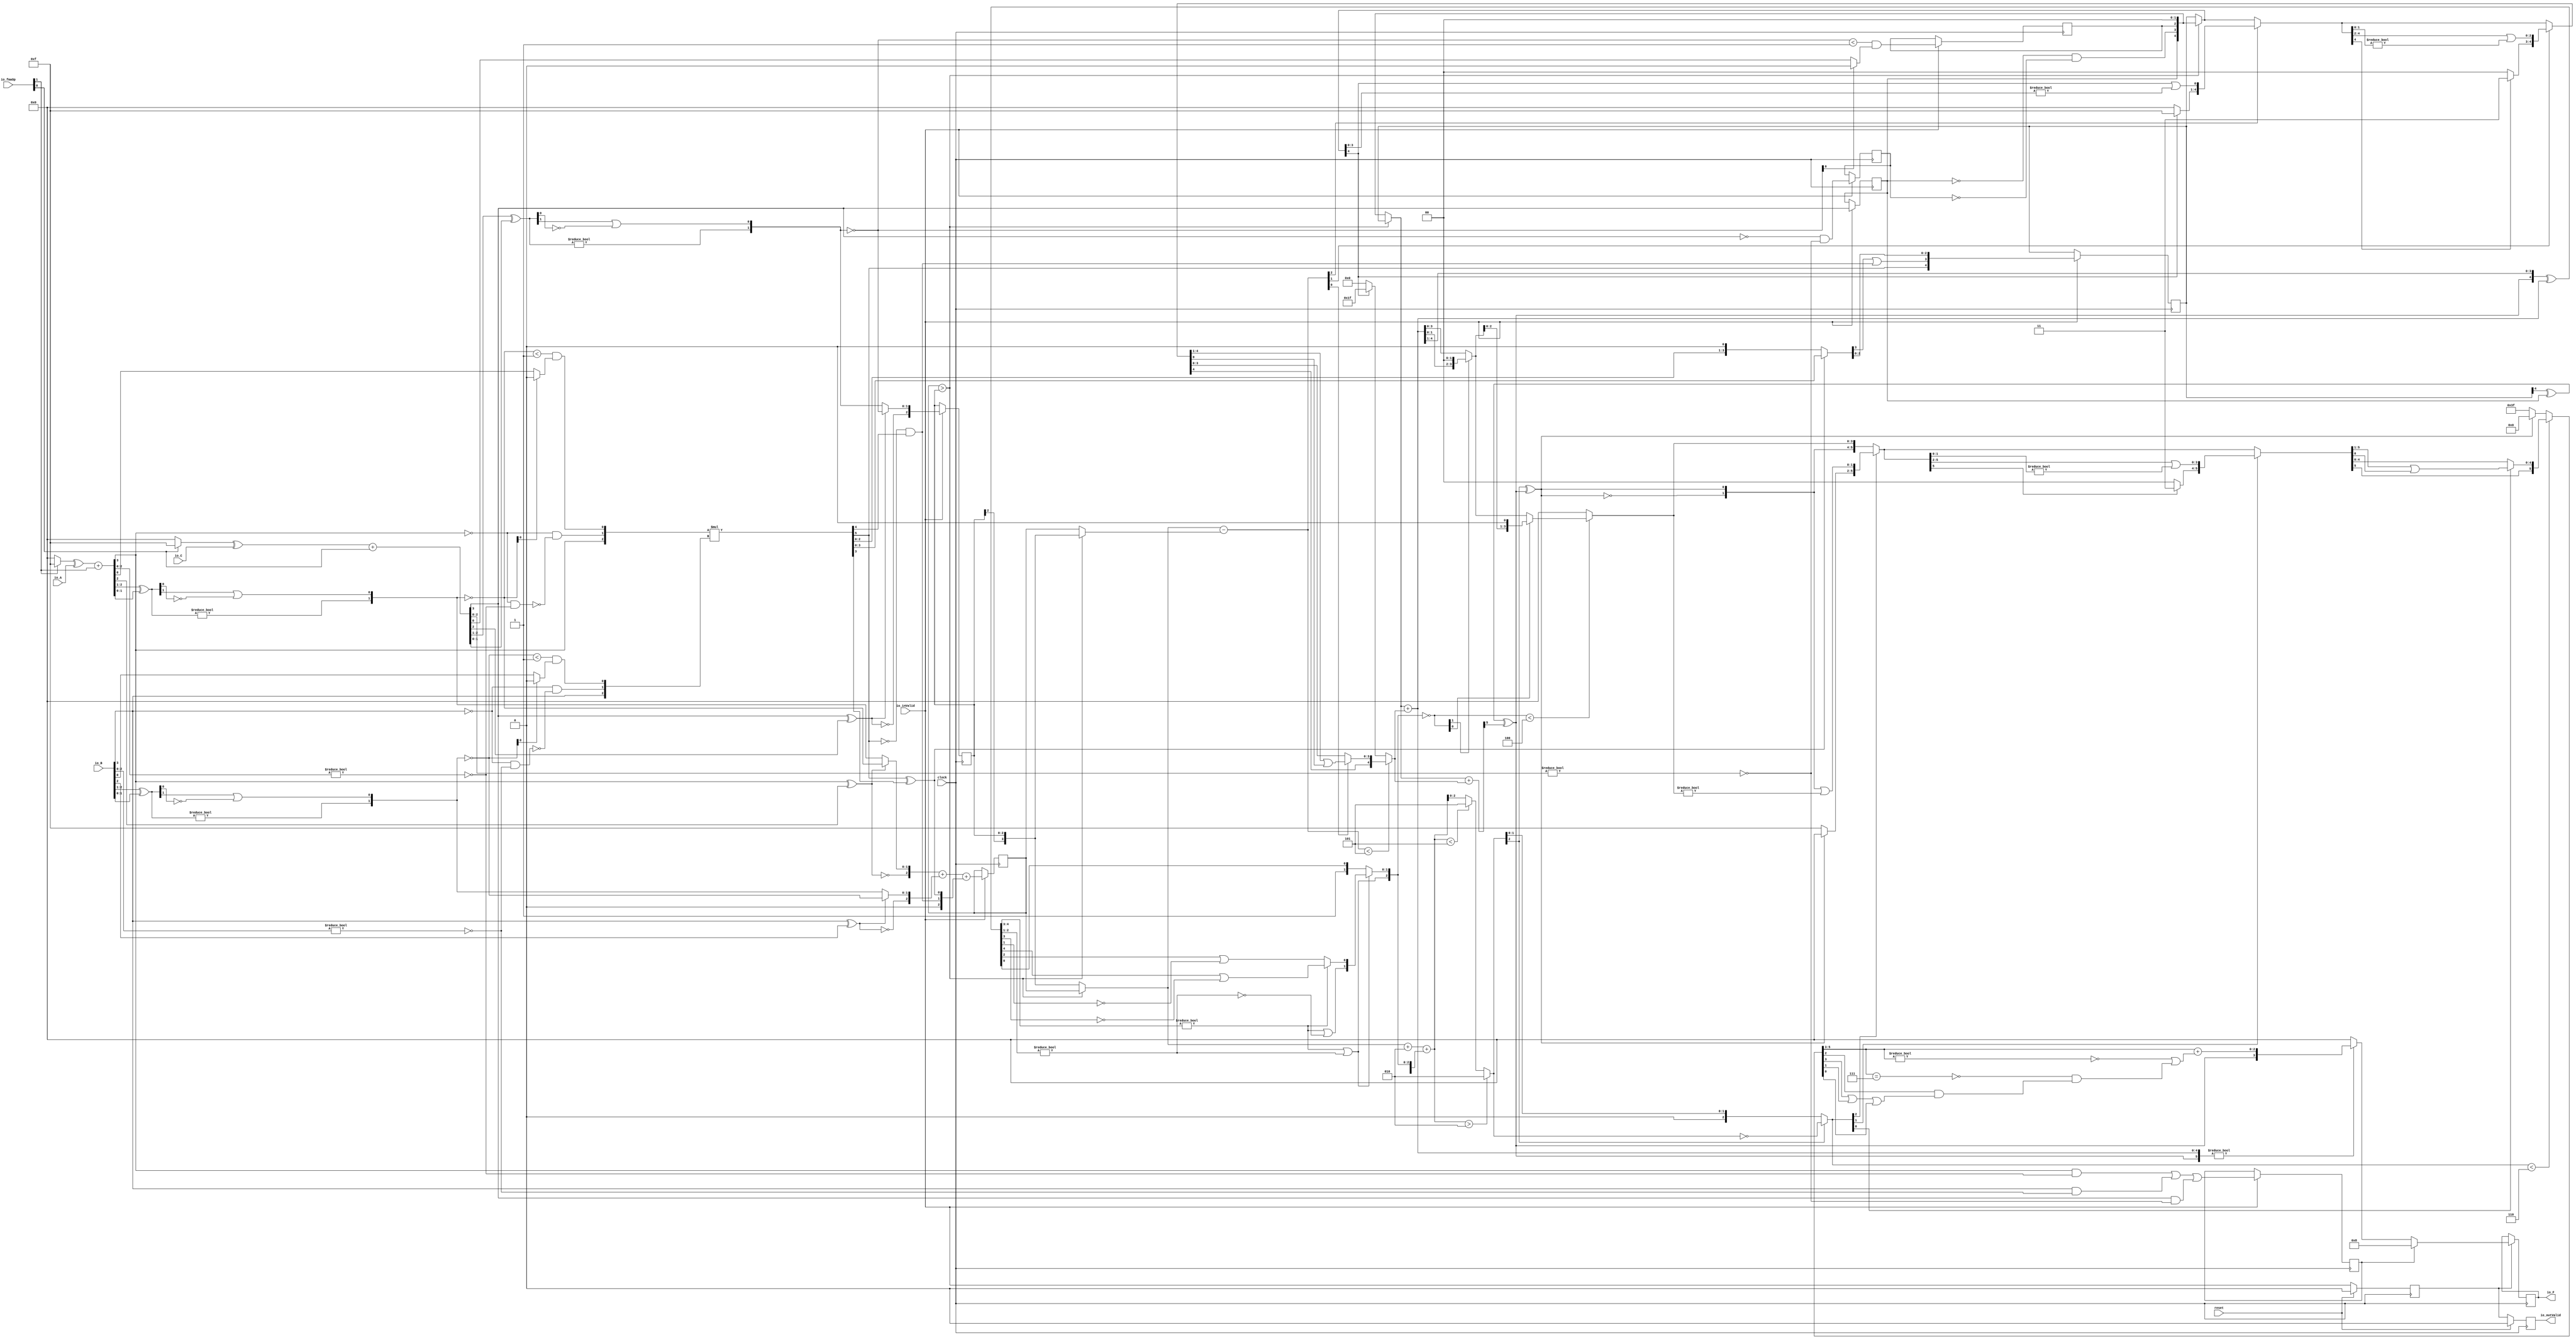
module PositFMA4_0(
  input        clock,
  input        reset,
  input        io_inValid,
  input  [1:0] io_fmaOp,
  input  [3:0] io_A,
  input  [3:0] io_B,
  input  [3:0] io_C,
  output [3:0] io_F,
  output       io_outValid
);
  wire  _T; // @[PositFMA.scala 47:36]
  wire [3:0] _T_2; // @[Bitwise.scala 71:12]
  wire [3:0] _T_3; // @[PositFMA.scala 47:41]
  wire [3:0] _GEN_10; // @[PositFMA.scala 47:49]
  wire [3:0] realA; // @[PositFMA.scala 47:49]
  wire  _T_6; // @[PositFMA.scala 48:36]
  wire [3:0] _T_8; // @[Bitwise.scala 71:12]
  wire [3:0] _T_9; // @[PositFMA.scala 48:41]
  wire [3:0] _GEN_11; // @[PositFMA.scala 48:49]
  wire [3:0] realC; // @[PositFMA.scala 48:49]
  wire  _T_13; // @[convert.scala 18:24]
  wire  _T_14; // @[convert.scala 18:40]
  wire  _T_15; // @[convert.scala 18:36]
  wire [1:0] _T_16; // @[convert.scala 19:24]
  wire [1:0] _T_17; // @[convert.scala 19:43]
  wire [1:0] _T_18; // @[convert.scala 19:39]
  wire  _T_19; // @[LZD.scala 39:14]
  wire  _T_20; // @[LZD.scala 39:21]
  wire  _T_21; // @[LZD.scala 39:30]
  wire  _T_22; // @[LZD.scala 39:27]
  wire  _T_23; // @[LZD.scala 39:25]
  wire [1:0] _T_24; // @[Cat.scala 29:58]
  wire [1:0] _T_25; // @[convert.scala 21:22]
  wire  _T_26; // @[convert.scala 22:36]
  wire  _T_27; // @[Shift.scala 16:24]
  wire  _T_28; // @[Shift.scala 17:37]
  wire  _T_30; // @[Shift.scala 63:39]
  wire  decA_fraction; // @[Shift.scala 16:10]
  wire  _T_34; // @[convert.scala 25:26]
  wire [1:0] _T_36; // @[convert.scala 25:42]
  wire [2:0] _T_37; // @[Cat.scala 29:58]
  wire [2:0] _T_39; // @[convert.scala 29:56]
  wire  _T_40; // @[convert.scala 29:60]
  wire  _T_41; // @[convert.scala 29:41]
  wire  decA_isNaR; // @[convert.scala 29:39]
  wire  _T_44; // @[convert.scala 30:19]
  wire  decA_isZero; // @[convert.scala 30:41]
  wire [2:0] decA_scale; // @[convert.scala 32:24]
  wire  _T_53; // @[convert.scala 18:24]
  wire  _T_54; // @[convert.scala 18:40]
  wire  _T_55; // @[convert.scala 18:36]
  wire [1:0] _T_56; // @[convert.scala 19:24]
  wire [1:0] _T_57; // @[convert.scala 19:43]
  wire [1:0] _T_58; // @[convert.scala 19:39]
  wire  _T_59; // @[LZD.scala 39:14]
  wire  _T_60; // @[LZD.scala 39:21]
  wire  _T_61; // @[LZD.scala 39:30]
  wire  _T_62; // @[LZD.scala 39:27]
  wire  _T_63; // @[LZD.scala 39:25]
  wire [1:0] _T_64; // @[Cat.scala 29:58]
  wire [1:0] _T_65; // @[convert.scala 21:22]
  wire  _T_66; // @[convert.scala 22:36]
  wire  _T_67; // @[Shift.scala 16:24]
  wire  _T_68; // @[Shift.scala 17:37]
  wire  _T_70; // @[Shift.scala 63:39]
  wire  decB_fraction; // @[Shift.scala 16:10]
  wire  _T_74; // @[convert.scala 25:26]
  wire [1:0] _T_76; // @[convert.scala 25:42]
  wire [2:0] _T_77; // @[Cat.scala 29:58]
  wire [2:0] _T_79; // @[convert.scala 29:56]
  wire  _T_80; // @[convert.scala 29:60]
  wire  _T_81; // @[convert.scala 29:41]
  wire  decB_isNaR; // @[convert.scala 29:39]
  wire  _T_84; // @[convert.scala 30:19]
  wire  decB_isZero; // @[convert.scala 30:41]
  wire [2:0] decB_scale; // @[convert.scala 32:24]
  wire  _T_93; // @[convert.scala 18:24]
  wire  _T_94; // @[convert.scala 18:40]
  wire  _T_95; // @[convert.scala 18:36]
  wire [1:0] _T_96; // @[convert.scala 19:24]
  wire [1:0] _T_97; // @[convert.scala 19:43]
  wire [1:0] _T_98; // @[convert.scala 19:39]
  wire  _T_99; // @[LZD.scala 39:14]
  wire  _T_100; // @[LZD.scala 39:21]
  wire  _T_101; // @[LZD.scala 39:30]
  wire  _T_102; // @[LZD.scala 39:27]
  wire  _T_103; // @[LZD.scala 39:25]
  wire [1:0] _T_104; // @[Cat.scala 29:58]
  wire [1:0] _T_105; // @[convert.scala 21:22]
  wire  _T_106; // @[convert.scala 22:36]
  wire  _T_107; // @[Shift.scala 16:24]
  wire  _T_108; // @[Shift.scala 17:37]
  wire  _T_110; // @[Shift.scala 63:39]
  wire  decC_fraction; // @[Shift.scala 16:10]
  wire  _T_114; // @[convert.scala 25:26]
  wire [1:0] _T_116; // @[convert.scala 25:42]
  wire [2:0] _T_117; // @[Cat.scala 29:58]
  wire [2:0] _T_119; // @[convert.scala 29:56]
  wire  _T_120; // @[convert.scala 29:60]
  wire  _T_121; // @[convert.scala 29:41]
  wire  decC_isNaR; // @[convert.scala 29:39]
  wire  _T_124; // @[convert.scala 30:19]
  wire  decC_isZero; // @[convert.scala 30:41]
  wire [2:0] decC_scale; // @[convert.scala 32:24]
  wire  _T_132; // @[PositFMA.scala 58:30]
  wire  outIsNaR; // @[PositFMA.scala 58:44]
  wire  _T_133; // @[PositFMA.scala 59:34]
  wire  _T_134; // @[PositFMA.scala 59:47]
  wire  _T_135; // @[PositFMA.scala 59:45]
  wire [2:0] _T_137; // @[Cat.scala 29:58]
  wire [2:0] sigA; // @[PositFMA.scala 59:76]
  wire  _T_138; // @[PositFMA.scala 60:34]
  wire  _T_139; // @[PositFMA.scala 60:47]
  wire  _T_140; // @[PositFMA.scala 60:45]
  wire [2:0] _T_142; // @[Cat.scala 29:58]
  wire [2:0] sigB; // @[PositFMA.scala 60:76]
  wire [5:0] _T_143; // @[PositFMA.scala 62:25]
  wire [5:0] sigP; // @[PositFMA.scala 62:33]
  wire [1:0] head2; // @[PositFMA.scala 63:28]
  wire  _T_144; // @[PositFMA.scala 64:31]
  wire  _T_145; // @[PositFMA.scala 64:25]
  wire  _T_146; // @[PositFMA.scala 64:42]
  wire  addTwo; // @[PositFMA.scala 64:35]
  wire  _T_147; // @[PositFMA.scala 66:23]
  wire  _T_148; // @[PositFMA.scala 66:49]
  wire  addOne; // @[PositFMA.scala 66:43]
  wire [1:0] _T_149; // @[Cat.scala 29:58]
  wire [2:0] expBias; // @[PositFMA.scala 67:39]
  wire  mulSign; // @[PositFMA.scala 68:28]
  wire [3:0] _T_150; // @[PositFMA.scala 70:30]
  wire [3:0] _GEN_12; // @[PositFMA.scala 70:44]
  wire [3:0] _T_152; // @[PositFMA.scala 70:44]
  wire [3:0] mulScale; // @[PositFMA.scala 70:44]
  wire [3:0] _T_153; // @[PositFMA.scala 73:29]
  wire [2:0] _T_154; // @[PositFMA.scala 74:29]
  wire [3:0] _T_155; // @[PositFMA.scala 74:48]
  wire [3:0] mulSigTmp; // @[PositFMA.scala 71:22]
  wire  _T_157; // @[PositFMA.scala 78:39]
  wire  _T_158; // @[PositFMA.scala 78:43]
  wire [2:0] _T_159; // @[PositFMA.scala 79:39]
  wire [4:0] mulSig; // @[Cat.scala 29:58]
  reg  outIsNaR_phase2; // @[Reg.scala 15:16]
  reg [31:0] _RAND_0;
  reg [4:0] mulSig_phase2; // @[Reg.scala 15:16]
  reg [31:0] _RAND_1;
  reg  addFrac_phase2; // @[Reg.scala 15:16]
  reg [31:0] _RAND_2;
  reg [3:0] mulScale_phase2; // @[Reg.scala 15:16]
  reg [31:0] _RAND_3;
  reg [2:0] addScale_phase2; // @[Reg.scala 15:16]
  reg [31:0] _RAND_4;
  reg  addSign_phase2; // @[Reg.scala 15:16]
  reg [31:0] _RAND_5;
  reg  addZero_phase2; // @[Reg.scala 15:16]
  reg [31:0] _RAND_6;
  reg  inValid_phase2; // @[Valid.scala 117:22]
  reg [31:0] _RAND_7;
  wire  _T_185; // @[PositFMA.scala 108:29]
  wire  _T_186; // @[PositFMA.scala 108:47]
  wire  _T_187; // @[PositFMA.scala 108:45]
  wire [4:0] extAddSig; // @[Cat.scala 29:58]
  wire [3:0] _GEN_13; // @[PositFMA.scala 112:39]
  wire  mulGreater; // @[PositFMA.scala 112:39]
  wire [3:0] greaterScale; // @[PositFMA.scala 113:26]
  wire [3:0] smallerScale; // @[PositFMA.scala 114:26]
  wire [3:0] _T_191; // @[PositFMA.scala 115:36]
  wire [3:0] scaleDiff; // @[PositFMA.scala 115:36]
  wire [4:0] greaterSig; // @[PositFMA.scala 116:26]
  wire [4:0] smallerSigTmp; // @[PositFMA.scala 117:26]
  wire [3:0] _T_192; // @[PositFMA.scala 118:69]
  wire  _T_193; // @[Shift.scala 39:24]
  wire [2:0] _T_194; // @[Shift.scala 40:44]
  wire  _T_195; // @[Shift.scala 90:30]
  wire [3:0] _T_196; // @[Shift.scala 90:48]
  wire  _T_197; // @[Shift.scala 90:57]
  wire  _T_198; // @[Shift.scala 90:39]
  wire  _T_199; // @[Shift.scala 12:21]
  wire  _T_200; // @[Shift.scala 12:21]
  wire [3:0] _T_202; // @[Bitwise.scala 71:12]
  wire [4:0] _T_203; // @[Cat.scala 29:58]
  wire [4:0] _T_204; // @[Shift.scala 91:22]
  wire [1:0] _T_205; // @[Shift.scala 92:77]
  wire [2:0] _T_206; // @[Shift.scala 90:30]
  wire [1:0] _T_207; // @[Shift.scala 90:48]
  wire  _T_208; // @[Shift.scala 90:57]
  wire [2:0] _GEN_14; // @[Shift.scala 90:39]
  wire [2:0] _T_209; // @[Shift.scala 90:39]
  wire  _T_210; // @[Shift.scala 12:21]
  wire  _T_211; // @[Shift.scala 12:21]
  wire [1:0] _T_213; // @[Bitwise.scala 71:12]
  wire [4:0] _T_214; // @[Cat.scala 29:58]
  wire [4:0] _T_215; // @[Shift.scala 91:22]
  wire  _T_216; // @[Shift.scala 92:77]
  wire [3:0] _T_217; // @[Shift.scala 90:30]
  wire  _T_218; // @[Shift.scala 90:48]
  wire [3:0] _GEN_15; // @[Shift.scala 90:39]
  wire [3:0] _T_220; // @[Shift.scala 90:39]
  wire  _T_222; // @[Shift.scala 12:21]
  wire [4:0] _T_223; // @[Cat.scala 29:58]
  wire [4:0] _T_224; // @[Shift.scala 91:22]
  wire [4:0] _T_227; // @[Bitwise.scala 71:12]
  wire [4:0] smallerSig; // @[Shift.scala 39:10]
  wire [5:0] rawSumSig; // @[PositFMA.scala 119:34]
  wire  _T_228; // @[PositFMA.scala 120:42]
  wire  _T_229; // @[PositFMA.scala 120:46]
  wire  _T_230; // @[PositFMA.scala 120:79]
  wire  sumSign; // @[PositFMA.scala 120:63]
  wire [4:0] _T_232; // @[PositFMA.scala 121:50]
  wire [5:0] signSumSig; // @[Cat.scala 29:58]
  wire [4:0] _T_233; // @[PositFMA.scala 126:33]
  wire [4:0] _T_234; // @[PositFMA.scala 126:68]
  wire [4:0] sumXor; // @[PositFMA.scala 126:51]
  wire [3:0] _T_235; // @[LZD.scala 43:32]
  wire [1:0] _T_236; // @[LZD.scala 43:32]
  wire  _T_237; // @[LZD.scala 39:14]
  wire  _T_238; // @[LZD.scala 39:21]
  wire  _T_239; // @[LZD.scala 39:30]
  wire  _T_240; // @[LZD.scala 39:27]
  wire  _T_241; // @[LZD.scala 39:25]
  wire [1:0] _T_242; // @[Cat.scala 29:58]
  wire [1:0] _T_243; // @[LZD.scala 44:32]
  wire  _T_244; // @[LZD.scala 39:14]
  wire  _T_245; // @[LZD.scala 39:21]
  wire  _T_246; // @[LZD.scala 39:30]
  wire  _T_247; // @[LZD.scala 39:27]
  wire  _T_248; // @[LZD.scala 39:25]
  wire [1:0] _T_249; // @[Cat.scala 29:58]
  wire  _T_250; // @[Shift.scala 12:21]
  wire  _T_251; // @[Shift.scala 12:21]
  wire  _T_252; // @[LZD.scala 49:16]
  wire  _T_253; // @[LZD.scala 49:27]
  wire  _T_254; // @[LZD.scala 49:25]
  wire  _T_255; // @[LZD.scala 49:47]
  wire  _T_256; // @[LZD.scala 49:59]
  wire  _T_257; // @[LZD.scala 49:35]
  wire [2:0] _T_259; // @[Cat.scala 29:58]
  wire  _T_260; // @[LZD.scala 44:32]
  wire  _T_262; // @[Shift.scala 12:21]
  wire [1:0] _T_264; // @[Cat.scala 29:58]
  wire [1:0] _T_265; // @[LZD.scala 55:32]
  wire [1:0] _T_266; // @[LZD.scala 55:20]
  wire [2:0] sumLZD; // @[Cat.scala 29:58]
  wire [2:0] shiftValue; // @[PositFMA.scala 128:24]
  wire [3:0] _T_267; // @[PositFMA.scala 129:38]
  wire  _T_268; // @[Shift.scala 16:24]
  wire [1:0] _T_269; // @[Shift.scala 17:37]
  wire  _T_270; // @[Shift.scala 12:21]
  wire [1:0] _T_271; // @[Shift.scala 64:52]
  wire [3:0] _T_273; // @[Cat.scala 29:58]
  wire [3:0] _T_274; // @[Shift.scala 64:27]
  wire  _T_275; // @[Shift.scala 66:70]
  wire [2:0] _T_277; // @[Shift.scala 64:52]
  wire [3:0] _T_278; // @[Cat.scala 29:58]
  wire [3:0] _T_279; // @[Shift.scala 64:27]
  wire [3:0] normalFracTmp; // @[Shift.scala 16:10]
  wire [3:0] _T_281; // @[PositFMA.scala 132:36]
  wire [3:0] _T_282; // @[PositFMA.scala 132:36]
  wire [3:0] _T_283; // @[Cat.scala 29:58]
  wire [3:0] _T_284; // @[PositFMA.scala 132:61]
  wire [3:0] _T_286; // @[PositFMA.scala 132:42]
  wire [3:0] sumScale; // @[PositFMA.scala 132:42]
  wire  sumFrac; // @[PositFMA.scala 133:41]
  wire [2:0] grsTmp; // @[PositFMA.scala 136:41]
  wire [1:0] _T_287; // @[PositFMA.scala 139:40]
  wire  _T_288; // @[PositFMA.scala 139:56]
  wire  underflow; // @[PositFMA.scala 146:32]
  wire  overflow; // @[PositFMA.scala 147:32]
  wire  _T_290; // @[PositFMA.scala 156:32]
  wire  decF_isZero; // @[PositFMA.scala 156:20]
  wire [3:0] _T_292; // @[Mux.scala 87:16]
  wire [3:0] _T_293; // @[Mux.scala 87:16]
  wire [2:0] _GEN_16; // @[PositFMA.scala 153:18 PositFMA.scala 159:17]
  wire [2:0] decF_scale; // @[PositFMA.scala 153:18 PositFMA.scala 159:17]
  wire  _T_295; // @[convert.scala 49:36]
  wire [2:0] _T_297; // @[convert.scala 50:36]
  wire [2:0] _T_298; // @[convert.scala 50:36]
  wire [2:0] _T_299; // @[convert.scala 50:28]
  wire  _T_300; // @[convert.scala 51:31]
  wire  _T_301; // @[convert.scala 53:34]
  wire [5:0] _T_304; // @[Cat.scala 29:58]
  wire [2:0] _T_305; // @[Shift.scala 39:17]
  wire  _T_306; // @[Shift.scala 39:24]
  wire [1:0] _T_308; // @[Shift.scala 90:30]
  wire [3:0] _T_309; // @[Shift.scala 90:48]
  wire  _T_310; // @[Shift.scala 90:57]
  wire [1:0] _GEN_17; // @[Shift.scala 90:39]
  wire [1:0] _T_311; // @[Shift.scala 90:39]
  wire  _T_312; // @[Shift.scala 12:21]
  wire  _T_313; // @[Shift.scala 12:21]
  wire [3:0] _T_315; // @[Bitwise.scala 71:12]
  wire [5:0] _T_316; // @[Cat.scala 29:58]
  wire [5:0] _T_317; // @[Shift.scala 91:22]
  wire [1:0] _T_318; // @[Shift.scala 92:77]
  wire [3:0] _T_319; // @[Shift.scala 90:30]
  wire [1:0] _T_320; // @[Shift.scala 90:48]
  wire  _T_321; // @[Shift.scala 90:57]
  wire [3:0] _GEN_18; // @[Shift.scala 90:39]
  wire [3:0] _T_322; // @[Shift.scala 90:39]
  wire  _T_323; // @[Shift.scala 12:21]
  wire  _T_324; // @[Shift.scala 12:21]
  wire [1:0] _T_326; // @[Bitwise.scala 71:12]
  wire [5:0] _T_327; // @[Cat.scala 29:58]
  wire [5:0] _T_328; // @[Shift.scala 91:22]
  wire  _T_329; // @[Shift.scala 92:77]
  wire [4:0] _T_330; // @[Shift.scala 90:30]
  wire  _T_331; // @[Shift.scala 90:48]
  wire [4:0] _GEN_19; // @[Shift.scala 90:39]
  wire [4:0] _T_333; // @[Shift.scala 90:39]
  wire  _T_335; // @[Shift.scala 12:21]
  wire [5:0] _T_336; // @[Cat.scala 29:58]
  wire [5:0] _T_337; // @[Shift.scala 91:22]
  wire [5:0] _T_340; // @[Bitwise.scala 71:12]
  wire [5:0] _T_341; // @[Shift.scala 39:10]
  wire  _T_342; // @[convert.scala 55:31]
  wire  _T_343; // @[convert.scala 56:31]
  wire  _T_344; // @[convert.scala 57:31]
  wire  _T_345; // @[convert.scala 58:31]
  wire [2:0] _T_346; // @[convert.scala 59:69]
  wire  _T_347; // @[convert.scala 59:81]
  wire  _T_348; // @[convert.scala 59:50]
  wire  _T_350; // @[convert.scala 60:81]
  wire  _T_351; // @[convert.scala 61:44]
  wire  _T_352; // @[convert.scala 61:52]
  wire  _T_353; // @[convert.scala 61:36]
  wire  _T_354; // @[convert.scala 62:63]
  wire  _T_355; // @[convert.scala 62:103]
  wire  _T_356; // @[convert.scala 62:60]
  wire [2:0] _GEN_20; // @[convert.scala 63:56]
  wire [2:0] _T_359; // @[convert.scala 63:56]
  wire [3:0] _T_360; // @[Cat.scala 29:58]
  reg  _T_364; // @[Valid.scala 117:22]
  reg [31:0] _RAND_8;
  reg [3:0] _T_368; // @[Reg.scala 15:16]
  reg [31:0] _RAND_9;
  assign _T = io_fmaOp[1]; // @[PositFMA.scala 47:36]
  assign _T_2 = _T ? 4'hf : 4'h0; // @[Bitwise.scala 71:12]
  assign _T_3 = _T_2 ^ io_A; // @[PositFMA.scala 47:41]
  assign _GEN_10 = {{3'd0}, _T}; // @[PositFMA.scala 47:49]
  assign realA = _T_3 + _GEN_10; // @[PositFMA.scala 47:49]
  assign _T_6 = io_fmaOp[0]; // @[PositFMA.scala 48:36]
  assign _T_8 = _T_6 ? 4'hf : 4'h0; // @[Bitwise.scala 71:12]
  assign _T_9 = _T_8 ^ io_C; // @[PositFMA.scala 48:41]
  assign _GEN_11 = {{3'd0}, _T_6}; // @[PositFMA.scala 48:49]
  assign realC = _T_9 + _GEN_11; // @[PositFMA.scala 48:49]
  assign _T_13 = realA[3]; // @[convert.scala 18:24]
  assign _T_14 = realA[2]; // @[convert.scala 18:40]
  assign _T_15 = _T_13 ^ _T_14; // @[convert.scala 18:36]
  assign _T_16 = realA[2:1]; // @[convert.scala 19:24]
  assign _T_17 = realA[1:0]; // @[convert.scala 19:43]
  assign _T_18 = _T_16 ^ _T_17; // @[convert.scala 19:39]
  assign _T_19 = _T_18 != 2'h0; // @[LZD.scala 39:14]
  assign _T_20 = _T_18[1]; // @[LZD.scala 39:21]
  assign _T_21 = _T_18[0]; // @[LZD.scala 39:30]
  assign _T_22 = ~ _T_21; // @[LZD.scala 39:27]
  assign _T_23 = _T_20 | _T_22; // @[LZD.scala 39:25]
  assign _T_24 = {_T_19,_T_23}; // @[Cat.scala 29:58]
  assign _T_25 = ~ _T_24; // @[convert.scala 21:22]
  assign _T_26 = realA[0:0]; // @[convert.scala 22:36]
  assign _T_27 = _T_25 < 2'h1; // @[Shift.scala 16:24]
  assign _T_28 = _T_25[0]; // @[Shift.scala 17:37]
  assign _T_30 = _T_28 ? 1'h0 : _T_26; // @[Shift.scala 63:39]
  assign decA_fraction = _T_27 & _T_30; // @[Shift.scala 16:10]
  assign _T_34 = _T_15 == 1'h0; // @[convert.scala 25:26]
  assign _T_36 = _T_15 ? _T_25 : _T_24; // @[convert.scala 25:42]
  assign _T_37 = {_T_34,_T_36}; // @[Cat.scala 29:58]
  assign _T_39 = realA[2:0]; // @[convert.scala 29:56]
  assign _T_40 = _T_39 != 3'h0; // @[convert.scala 29:60]
  assign _T_41 = ~ _T_40; // @[convert.scala 29:41]
  assign decA_isNaR = _T_13 & _T_41; // @[convert.scala 29:39]
  assign _T_44 = _T_13 == 1'h0; // @[convert.scala 30:19]
  assign decA_isZero = _T_44 & _T_41; // @[convert.scala 30:41]
  assign decA_scale = $signed(_T_37); // @[convert.scala 32:24]
  assign _T_53 = io_B[3]; // @[convert.scala 18:24]
  assign _T_54 = io_B[2]; // @[convert.scala 18:40]
  assign _T_55 = _T_53 ^ _T_54; // @[convert.scala 18:36]
  assign _T_56 = io_B[2:1]; // @[convert.scala 19:24]
  assign _T_57 = io_B[1:0]; // @[convert.scala 19:43]
  assign _T_58 = _T_56 ^ _T_57; // @[convert.scala 19:39]
  assign _T_59 = _T_58 != 2'h0; // @[LZD.scala 39:14]
  assign _T_60 = _T_58[1]; // @[LZD.scala 39:21]
  assign _T_61 = _T_58[0]; // @[LZD.scala 39:30]
  assign _T_62 = ~ _T_61; // @[LZD.scala 39:27]
  assign _T_63 = _T_60 | _T_62; // @[LZD.scala 39:25]
  assign _T_64 = {_T_59,_T_63}; // @[Cat.scala 29:58]
  assign _T_65 = ~ _T_64; // @[convert.scala 21:22]
  assign _T_66 = io_B[0:0]; // @[convert.scala 22:36]
  assign _T_67 = _T_65 < 2'h1; // @[Shift.scala 16:24]
  assign _T_68 = _T_65[0]; // @[Shift.scala 17:37]
  assign _T_70 = _T_68 ? 1'h0 : _T_66; // @[Shift.scala 63:39]
  assign decB_fraction = _T_67 & _T_70; // @[Shift.scala 16:10]
  assign _T_74 = _T_55 == 1'h0; // @[convert.scala 25:26]
  assign _T_76 = _T_55 ? _T_65 : _T_64; // @[convert.scala 25:42]
  assign _T_77 = {_T_74,_T_76}; // @[Cat.scala 29:58]
  assign _T_79 = io_B[2:0]; // @[convert.scala 29:56]
  assign _T_80 = _T_79 != 3'h0; // @[convert.scala 29:60]
  assign _T_81 = ~ _T_80; // @[convert.scala 29:41]
  assign decB_isNaR = _T_53 & _T_81; // @[convert.scala 29:39]
  assign _T_84 = _T_53 == 1'h0; // @[convert.scala 30:19]
  assign decB_isZero = _T_84 & _T_81; // @[convert.scala 30:41]
  assign decB_scale = $signed(_T_77); // @[convert.scala 32:24]
  assign _T_93 = realC[3]; // @[convert.scala 18:24]
  assign _T_94 = realC[2]; // @[convert.scala 18:40]
  assign _T_95 = _T_93 ^ _T_94; // @[convert.scala 18:36]
  assign _T_96 = realC[2:1]; // @[convert.scala 19:24]
  assign _T_97 = realC[1:0]; // @[convert.scala 19:43]
  assign _T_98 = _T_96 ^ _T_97; // @[convert.scala 19:39]
  assign _T_99 = _T_98 != 2'h0; // @[LZD.scala 39:14]
  assign _T_100 = _T_98[1]; // @[LZD.scala 39:21]
  assign _T_101 = _T_98[0]; // @[LZD.scala 39:30]
  assign _T_102 = ~ _T_101; // @[LZD.scala 39:27]
  assign _T_103 = _T_100 | _T_102; // @[LZD.scala 39:25]
  assign _T_104 = {_T_99,_T_103}; // @[Cat.scala 29:58]
  assign _T_105 = ~ _T_104; // @[convert.scala 21:22]
  assign _T_106 = realC[0:0]; // @[convert.scala 22:36]
  assign _T_107 = _T_105 < 2'h1; // @[Shift.scala 16:24]
  assign _T_108 = _T_105[0]; // @[Shift.scala 17:37]
  assign _T_110 = _T_108 ? 1'h0 : _T_106; // @[Shift.scala 63:39]
  assign decC_fraction = _T_107 & _T_110; // @[Shift.scala 16:10]
  assign _T_114 = _T_95 == 1'h0; // @[convert.scala 25:26]
  assign _T_116 = _T_95 ? _T_105 : _T_104; // @[convert.scala 25:42]
  assign _T_117 = {_T_114,_T_116}; // @[Cat.scala 29:58]
  assign _T_119 = realC[2:0]; // @[convert.scala 29:56]
  assign _T_120 = _T_119 != 3'h0; // @[convert.scala 29:60]
  assign _T_121 = ~ _T_120; // @[convert.scala 29:41]
  assign decC_isNaR = _T_93 & _T_121; // @[convert.scala 29:39]
  assign _T_124 = _T_93 == 1'h0; // @[convert.scala 30:19]
  assign decC_isZero = _T_124 & _T_121; // @[convert.scala 30:41]
  assign decC_scale = $signed(_T_117); // @[convert.scala 32:24]
  assign _T_132 = decA_isNaR | decB_isNaR; // @[PositFMA.scala 58:30]
  assign outIsNaR = _T_132 | decC_isNaR; // @[PositFMA.scala 58:44]
  assign _T_133 = ~ _T_13; // @[PositFMA.scala 59:34]
  assign _T_134 = ~ decA_isZero; // @[PositFMA.scala 59:47]
  assign _T_135 = _T_133 & _T_134; // @[PositFMA.scala 59:45]
  assign _T_137 = {_T_13,_T_135,decA_fraction}; // @[Cat.scala 29:58]
  assign sigA = $signed(_T_137); // @[PositFMA.scala 59:76]
  assign _T_138 = ~ _T_53; // @[PositFMA.scala 60:34]
  assign _T_139 = ~ decB_isZero; // @[PositFMA.scala 60:47]
  assign _T_140 = _T_138 & _T_139; // @[PositFMA.scala 60:45]
  assign _T_142 = {_T_53,_T_140,decB_fraction}; // @[Cat.scala 29:58]
  assign sigB = $signed(_T_142); // @[PositFMA.scala 60:76]
  assign _T_143 = $signed(sigA) * $signed(sigB); // @[PositFMA.scala 62:25]
  assign sigP = $unsigned(_T_143); // @[PositFMA.scala 62:33]
  assign head2 = sigP[5:4]; // @[PositFMA.scala 63:28]
  assign _T_144 = head2[1]; // @[PositFMA.scala 64:31]
  assign _T_145 = ~ _T_144; // @[PositFMA.scala 64:25]
  assign _T_146 = head2[0]; // @[PositFMA.scala 64:42]
  assign addTwo = _T_145 & _T_146; // @[PositFMA.scala 64:35]
  assign _T_147 = sigP[5]; // @[PositFMA.scala 66:23]
  assign _T_148 = sigP[3]; // @[PositFMA.scala 66:49]
  assign addOne = _T_147 ^ _T_148; // @[PositFMA.scala 66:43]
  assign _T_149 = {addTwo,addOne}; // @[Cat.scala 29:58]
  assign expBias = {1'b0,$signed(_T_149)}; // @[PositFMA.scala 67:39]
  assign mulSign = sigP[5:5]; // @[PositFMA.scala 68:28]
  assign _T_150 = $signed(decA_scale) + $signed(decB_scale); // @[PositFMA.scala 70:30]
  assign _GEN_12 = {{1{expBias[2]}},expBias}; // @[PositFMA.scala 70:44]
  assign _T_152 = $signed(_T_150) + $signed(_GEN_12); // @[PositFMA.scala 70:44]
  assign mulScale = $signed(_T_152); // @[PositFMA.scala 70:44]
  assign _T_153 = sigP[3:0]; // @[PositFMA.scala 73:29]
  assign _T_154 = sigP[2:0]; // @[PositFMA.scala 74:29]
  assign _T_155 = {_T_154, 1'h0}; // @[PositFMA.scala 74:48]
  assign mulSigTmp = addOne ? _T_153 : _T_155; // @[PositFMA.scala 71:22]
  assign _T_157 = mulSigTmp[3:3]; // @[PositFMA.scala 78:39]
  assign _T_158 = _T_157 | addTwo; // @[PositFMA.scala 78:43]
  assign _T_159 = mulSigTmp[2:0]; // @[PositFMA.scala 79:39]
  assign mulSig = {mulSign,_T_158,_T_159}; // @[Cat.scala 29:58]
  assign _T_185 = ~ addSign_phase2; // @[PositFMA.scala 108:29]
  assign _T_186 = ~ addZero_phase2; // @[PositFMA.scala 108:47]
  assign _T_187 = _T_185 & _T_186; // @[PositFMA.scala 108:45]
  assign extAddSig = {addSign_phase2,_T_187,addFrac_phase2,2'h0}; // @[Cat.scala 29:58]
  assign _GEN_13 = {{1{addScale_phase2[2]}},addScale_phase2}; // @[PositFMA.scala 112:39]
  assign mulGreater = $signed(mulScale_phase2) > $signed(_GEN_13); // @[PositFMA.scala 112:39]
  assign greaterScale = mulGreater ? $signed(mulScale_phase2) : $signed({{1{addScale_phase2[2]}},addScale_phase2}); // @[PositFMA.scala 113:26]
  assign smallerScale = mulGreater ? $signed({{1{addScale_phase2[2]}},addScale_phase2}) : $signed(mulScale_phase2); // @[PositFMA.scala 114:26]
  assign _T_191 = $signed(greaterScale) - $signed(smallerScale); // @[PositFMA.scala 115:36]
  assign scaleDiff = $signed(_T_191); // @[PositFMA.scala 115:36]
  assign greaterSig = mulGreater ? mulSig_phase2 : extAddSig; // @[PositFMA.scala 116:26]
  assign smallerSigTmp = mulGreater ? extAddSig : mulSig_phase2; // @[PositFMA.scala 117:26]
  assign _T_192 = $unsigned(scaleDiff); // @[PositFMA.scala 118:69]
  assign _T_193 = _T_192 < 4'h5; // @[Shift.scala 39:24]
  assign _T_194 = _T_192[2:0]; // @[Shift.scala 40:44]
  assign _T_195 = smallerSigTmp[4:4]; // @[Shift.scala 90:30]
  assign _T_196 = smallerSigTmp[3:0]; // @[Shift.scala 90:48]
  assign _T_197 = _T_196 != 4'h0; // @[Shift.scala 90:57]
  assign _T_198 = _T_195 | _T_197; // @[Shift.scala 90:39]
  assign _T_199 = _T_194[2]; // @[Shift.scala 12:21]
  assign _T_200 = smallerSigTmp[4]; // @[Shift.scala 12:21]
  assign _T_202 = _T_200 ? 4'hf : 4'h0; // @[Bitwise.scala 71:12]
  assign _T_203 = {_T_202,_T_198}; // @[Cat.scala 29:58]
  assign _T_204 = _T_199 ? _T_203 : smallerSigTmp; // @[Shift.scala 91:22]
  assign _T_205 = _T_194[1:0]; // @[Shift.scala 92:77]
  assign _T_206 = _T_204[4:2]; // @[Shift.scala 90:30]
  assign _T_207 = _T_204[1:0]; // @[Shift.scala 90:48]
  assign _T_208 = _T_207 != 2'h0; // @[Shift.scala 90:57]
  assign _GEN_14 = {{2'd0}, _T_208}; // @[Shift.scala 90:39]
  assign _T_209 = _T_206 | _GEN_14; // @[Shift.scala 90:39]
  assign _T_210 = _T_205[1]; // @[Shift.scala 12:21]
  assign _T_211 = _T_204[4]; // @[Shift.scala 12:21]
  assign _T_213 = _T_211 ? 2'h3 : 2'h0; // @[Bitwise.scala 71:12]
  assign _T_214 = {_T_213,_T_209}; // @[Cat.scala 29:58]
  assign _T_215 = _T_210 ? _T_214 : _T_204; // @[Shift.scala 91:22]
  assign _T_216 = _T_205[0:0]; // @[Shift.scala 92:77]
  assign _T_217 = _T_215[4:1]; // @[Shift.scala 90:30]
  assign _T_218 = _T_215[0:0]; // @[Shift.scala 90:48]
  assign _GEN_15 = {{3'd0}, _T_218}; // @[Shift.scala 90:39]
  assign _T_220 = _T_217 | _GEN_15; // @[Shift.scala 90:39]
  assign _T_222 = _T_215[4]; // @[Shift.scala 12:21]
  assign _T_223 = {_T_222,_T_220}; // @[Cat.scala 29:58]
  assign _T_224 = _T_216 ? _T_223 : _T_215; // @[Shift.scala 91:22]
  assign _T_227 = _T_200 ? 5'h1f : 5'h0; // @[Bitwise.scala 71:12]
  assign smallerSig = _T_193 ? _T_224 : _T_227; // @[Shift.scala 39:10]
  assign rawSumSig = greaterSig + smallerSig; // @[PositFMA.scala 119:34]
  assign _T_228 = mulSig_phase2[4:4]; // @[PositFMA.scala 120:42]
  assign _T_229 = _T_228 ^ addSign_phase2; // @[PositFMA.scala 120:46]
  assign _T_230 = rawSumSig[5:5]; // @[PositFMA.scala 120:79]
  assign sumSign = _T_229 ^ _T_230; // @[PositFMA.scala 120:63]
  assign _T_232 = greaterSig + smallerSig; // @[PositFMA.scala 121:50]
  assign signSumSig = {sumSign,_T_232}; // @[Cat.scala 29:58]
  assign _T_233 = signSumSig[5:1]; // @[PositFMA.scala 126:33]
  assign _T_234 = signSumSig[4:0]; // @[PositFMA.scala 126:68]
  assign sumXor = _T_233 ^ _T_234; // @[PositFMA.scala 126:51]
  assign _T_235 = sumXor[4:1]; // @[LZD.scala 43:32]
  assign _T_236 = _T_235[3:2]; // @[LZD.scala 43:32]
  assign _T_237 = _T_236 != 2'h0; // @[LZD.scala 39:14]
  assign _T_238 = _T_236[1]; // @[LZD.scala 39:21]
  assign _T_239 = _T_236[0]; // @[LZD.scala 39:30]
  assign _T_240 = ~ _T_239; // @[LZD.scala 39:27]
  assign _T_241 = _T_238 | _T_240; // @[LZD.scala 39:25]
  assign _T_242 = {_T_237,_T_241}; // @[Cat.scala 29:58]
  assign _T_243 = _T_235[1:0]; // @[LZD.scala 44:32]
  assign _T_244 = _T_243 != 2'h0; // @[LZD.scala 39:14]
  assign _T_245 = _T_243[1]; // @[LZD.scala 39:21]
  assign _T_246 = _T_243[0]; // @[LZD.scala 39:30]
  assign _T_247 = ~ _T_246; // @[LZD.scala 39:27]
  assign _T_248 = _T_245 | _T_247; // @[LZD.scala 39:25]
  assign _T_249 = {_T_244,_T_248}; // @[Cat.scala 29:58]
  assign _T_250 = _T_242[1]; // @[Shift.scala 12:21]
  assign _T_251 = _T_249[1]; // @[Shift.scala 12:21]
  assign _T_252 = _T_250 | _T_251; // @[LZD.scala 49:16]
  assign _T_253 = ~ _T_251; // @[LZD.scala 49:27]
  assign _T_254 = _T_250 | _T_253; // @[LZD.scala 49:25]
  assign _T_255 = _T_242[0:0]; // @[LZD.scala 49:47]
  assign _T_256 = _T_249[0:0]; // @[LZD.scala 49:59]
  assign _T_257 = _T_250 ? _T_255 : _T_256; // @[LZD.scala 49:35]
  assign _T_259 = {_T_252,_T_254,_T_257}; // @[Cat.scala 29:58]
  assign _T_260 = sumXor[0:0]; // @[LZD.scala 44:32]
  assign _T_262 = _T_259[2]; // @[Shift.scala 12:21]
  assign _T_264 = {1'h1,_T_260}; // @[Cat.scala 29:58]
  assign _T_265 = _T_259[1:0]; // @[LZD.scala 55:32]
  assign _T_266 = _T_262 ? _T_265 : _T_264; // @[LZD.scala 55:20]
  assign sumLZD = {_T_262,_T_266}; // @[Cat.scala 29:58]
  assign shiftValue = ~ sumLZD; // @[PositFMA.scala 128:24]
  assign _T_267 = signSumSig[3:0]; // @[PositFMA.scala 129:38]
  assign _T_268 = shiftValue < 3'h4; // @[Shift.scala 16:24]
  assign _T_269 = shiftValue[1:0]; // @[Shift.scala 17:37]
  assign _T_270 = _T_269[1]; // @[Shift.scala 12:21]
  assign _T_271 = _T_267[1:0]; // @[Shift.scala 64:52]
  assign _T_273 = {_T_271,2'h0}; // @[Cat.scala 29:58]
  assign _T_274 = _T_270 ? _T_273 : _T_267; // @[Shift.scala 64:27]
  assign _T_275 = _T_269[0:0]; // @[Shift.scala 66:70]
  assign _T_277 = _T_274[2:0]; // @[Shift.scala 64:52]
  assign _T_278 = {_T_277,1'h0}; // @[Cat.scala 29:58]
  assign _T_279 = _T_275 ? _T_278 : _T_274; // @[Shift.scala 64:27]
  assign normalFracTmp = _T_268 ? _T_279 : 4'h0; // @[Shift.scala 16:10]
  assign _T_281 = $signed(greaterScale) + $signed(4'sh2); // @[PositFMA.scala 132:36]
  assign _T_282 = $signed(_T_281); // @[PositFMA.scala 132:36]
  assign _T_283 = {1'h1,_T_262,_T_266}; // @[Cat.scala 29:58]
  assign _T_284 = $signed(_T_283); // @[PositFMA.scala 132:61]
  assign _T_286 = $signed(_T_282) + $signed(_T_284); // @[PositFMA.scala 132:42]
  assign sumScale = $signed(_T_286); // @[PositFMA.scala 132:42]
  assign sumFrac = normalFracTmp[3:3]; // @[PositFMA.scala 133:41]
  assign grsTmp = normalFracTmp[2:0]; // @[PositFMA.scala 136:41]
  assign _T_287 = grsTmp[2:1]; // @[PositFMA.scala 139:40]
  assign _T_288 = grsTmp[0:0]; // @[PositFMA.scala 139:56]
  assign underflow = $signed(sumScale) < $signed(-4'sh3); // @[PositFMA.scala 146:32]
  assign overflow = $signed(sumScale) > $signed(4'sh2); // @[PositFMA.scala 147:32]
  assign _T_290 = signSumSig != 6'h0; // @[PositFMA.scala 156:32]
  assign decF_isZero = ~ _T_290; // @[PositFMA.scala 156:20]
  assign _T_292 = underflow ? $signed(-4'sh3) : $signed(sumScale); // @[Mux.scala 87:16]
  assign _T_293 = overflow ? $signed(4'sh2) : $signed(_T_292); // @[Mux.scala 87:16]
  assign _GEN_16 = _T_293[2:0]; // @[PositFMA.scala 153:18 PositFMA.scala 159:17]
  assign decF_scale = $signed(_GEN_16); // @[PositFMA.scala 153:18 PositFMA.scala 159:17]
  assign _T_295 = decF_scale[2:2]; // @[convert.scala 49:36]
  assign _T_297 = ~ decF_scale; // @[convert.scala 50:36]
  assign _T_298 = $signed(_T_297); // @[convert.scala 50:36]
  assign _T_299 = _T_295 ? $signed(_T_298) : $signed(decF_scale); // @[convert.scala 50:28]
  assign _T_300 = _T_295 ^ sumSign; // @[convert.scala 51:31]
  assign _T_301 = ~ _T_300; // @[convert.scala 53:34]
  assign _T_304 = {_T_301,_T_300,sumFrac,_T_287,_T_288}; // @[Cat.scala 29:58]
  assign _T_305 = $unsigned(_T_299); // @[Shift.scala 39:17]
  assign _T_306 = _T_305 < 3'h6; // @[Shift.scala 39:24]
  assign _T_308 = _T_304[5:4]; // @[Shift.scala 90:30]
  assign _T_309 = _T_304[3:0]; // @[Shift.scala 90:48]
  assign _T_310 = _T_309 != 4'h0; // @[Shift.scala 90:57]
  assign _GEN_17 = {{1'd0}, _T_310}; // @[Shift.scala 90:39]
  assign _T_311 = _T_308 | _GEN_17; // @[Shift.scala 90:39]
  assign _T_312 = _T_305[2]; // @[Shift.scala 12:21]
  assign _T_313 = _T_304[5]; // @[Shift.scala 12:21]
  assign _T_315 = _T_313 ? 4'hf : 4'h0; // @[Bitwise.scala 71:12]
  assign _T_316 = {_T_315,_T_311}; // @[Cat.scala 29:58]
  assign _T_317 = _T_312 ? _T_316 : _T_304; // @[Shift.scala 91:22]
  assign _T_318 = _T_305[1:0]; // @[Shift.scala 92:77]
  assign _T_319 = _T_317[5:2]; // @[Shift.scala 90:30]
  assign _T_320 = _T_317[1:0]; // @[Shift.scala 90:48]
  assign _T_321 = _T_320 != 2'h0; // @[Shift.scala 90:57]
  assign _GEN_18 = {{3'd0}, _T_321}; // @[Shift.scala 90:39]
  assign _T_322 = _T_319 | _GEN_18; // @[Shift.scala 90:39]
  assign _T_323 = _T_318[1]; // @[Shift.scala 12:21]
  assign _T_324 = _T_317[5]; // @[Shift.scala 12:21]
  assign _T_326 = _T_324 ? 2'h3 : 2'h0; // @[Bitwise.scala 71:12]
  assign _T_327 = {_T_326,_T_322}; // @[Cat.scala 29:58]
  assign _T_328 = _T_323 ? _T_327 : _T_317; // @[Shift.scala 91:22]
  assign _T_329 = _T_318[0:0]; // @[Shift.scala 92:77]
  assign _T_330 = _T_328[5:1]; // @[Shift.scala 90:30]
  assign _T_331 = _T_328[0:0]; // @[Shift.scala 90:48]
  assign _GEN_19 = {{4'd0}, _T_331}; // @[Shift.scala 90:39]
  assign _T_333 = _T_330 | _GEN_19; // @[Shift.scala 90:39]
  assign _T_335 = _T_328[5]; // @[Shift.scala 12:21]
  assign _T_336 = {_T_335,_T_333}; // @[Cat.scala 29:58]
  assign _T_337 = _T_329 ? _T_336 : _T_328; // @[Shift.scala 91:22]
  assign _T_340 = _T_313 ? 6'h3f : 6'h0; // @[Bitwise.scala 71:12]
  assign _T_341 = _T_306 ? _T_337 : _T_340; // @[Shift.scala 39:10]
  assign _T_342 = _T_341[3]; // @[convert.scala 55:31]
  assign _T_343 = _T_341[2]; // @[convert.scala 56:31]
  assign _T_344 = _T_341[1]; // @[convert.scala 57:31]
  assign _T_345 = _T_341[0]; // @[convert.scala 58:31]
  assign _T_346 = _T_341[5:3]; // @[convert.scala 59:69]
  assign _T_347 = _T_346 != 3'h0; // @[convert.scala 59:81]
  assign _T_348 = ~ _T_347; // @[convert.scala 59:50]
  assign _T_350 = _T_346 == 3'h7; // @[convert.scala 60:81]
  assign _T_351 = _T_342 | _T_344; // @[convert.scala 61:44]
  assign _T_352 = _T_351 | _T_345; // @[convert.scala 61:52]
  assign _T_353 = _T_343 & _T_352; // @[convert.scala 61:36]
  assign _T_354 = ~ _T_350; // @[convert.scala 62:63]
  assign _T_355 = _T_354 & _T_353; // @[convert.scala 62:103]
  assign _T_356 = _T_348 | _T_355; // @[convert.scala 62:60]
  assign _GEN_20 = {{2'd0}, _T_356}; // @[convert.scala 63:56]
  assign _T_359 = _T_346 + _GEN_20; // @[convert.scala 63:56]
  assign _T_360 = {sumSign,_T_359}; // @[Cat.scala 29:58]
  assign io_F = _T_368; // @[PositFMA.scala 176:15]
  assign io_outValid = _T_364; // @[PositFMA.scala 175:15]
`ifdef RANDOMIZE_GARBAGE_ASSIGN
`define RANDOMIZE
`endif
`ifdef RANDOMIZE_INVALID_ASSIGN
`define RANDOMIZE
`endif
`ifdef RANDOMIZE_REG_INIT
`define RANDOMIZE
`endif
`ifdef RANDOMIZE_MEM_INIT
`define RANDOMIZE
`endif
`ifndef RANDOM
`define RANDOM $random
`endif
`ifdef RANDOMIZE_MEM_INIT
  integer initvar;
`endif
initial begin
  `ifdef RANDOMIZE
    `ifdef INIT_RANDOM
      `INIT_RANDOM
    `endif
    `ifndef VERILATOR
      `ifdef RANDOMIZE_DELAY
        #`RANDOMIZE_DELAY begin end
      `else
        #0.002 begin end
      `endif
    `endif
  `ifdef RANDOMIZE_REG_INIT
  _RAND_0 = {1{`RANDOM}};
  outIsNaR_phase2 = _RAND_0[0:0];
  `endif // RANDOMIZE_REG_INIT
  `ifdef RANDOMIZE_REG_INIT
  _RAND_1 = {1{`RANDOM}};
  mulSig_phase2 = _RAND_1[4:0];
  `endif // RANDOMIZE_REG_INIT
  `ifdef RANDOMIZE_REG_INIT
  _RAND_2 = {1{`RANDOM}};
  addFrac_phase2 = _RAND_2[0:0];
  `endif // RANDOMIZE_REG_INIT
  `ifdef RANDOMIZE_REG_INIT
  _RAND_3 = {1{`RANDOM}};
  mulScale_phase2 = _RAND_3[3:0];
  `endif // RANDOMIZE_REG_INIT
  `ifdef RANDOMIZE_REG_INIT
  _RAND_4 = {1{`RANDOM}};
  addScale_phase2 = _RAND_4[2:0];
  `endif // RANDOMIZE_REG_INIT
  `ifdef RANDOMIZE_REG_INIT
  _RAND_5 = {1{`RANDOM}};
  addSign_phase2 = _RAND_5[0:0];
  `endif // RANDOMIZE_REG_INIT
  `ifdef RANDOMIZE_REG_INIT
  _RAND_6 = {1{`RANDOM}};
  addZero_phase2 = _RAND_6[0:0];
  `endif // RANDOMIZE_REG_INIT
  `ifdef RANDOMIZE_REG_INIT
  _RAND_7 = {1{`RANDOM}};
  inValid_phase2 = _RAND_7[0:0];
  `endif // RANDOMIZE_REG_INIT
  `ifdef RANDOMIZE_REG_INIT
  _RAND_8 = {1{`RANDOM}};
  _T_364 = _RAND_8[0:0];
  `endif // RANDOMIZE_REG_INIT
  `ifdef RANDOMIZE_REG_INIT
  _RAND_9 = {1{`RANDOM}};
  _T_368 = _RAND_9[3:0];
  `endif // RANDOMIZE_REG_INIT
  `endif // RANDOMIZE
end
  always @(posedge clock) begin
    if (io_inValid) begin
      outIsNaR_phase2 <= outIsNaR;
    end
    if (io_inValid) begin
      mulSig_phase2 <= mulSig;
    end
    if (io_inValid) begin
      addFrac_phase2 <= decC_fraction;
    end
    if (io_inValid) begin
      mulScale_phase2 <= mulScale;
    end
    if (io_inValid) begin
      addScale_phase2 <= decC_scale;
    end
    if (io_inValid) begin
      addSign_phase2 <= _T_93;
    end
    if (io_inValid) begin
      addZero_phase2 <= decC_isZero;
    end
    if (reset) begin
      inValid_phase2 <= 1'h0;
    end else begin
      inValid_phase2 <= io_inValid;
    end
    if (reset) begin
      _T_364 <= 1'h0;
    end else begin
      _T_364 <= inValid_phase2;
    end
    if (inValid_phase2) begin
      if (outIsNaR_phase2) begin
        _T_368 <= 4'h8;
      end else begin
        if (decF_isZero) begin
          _T_368 <= 4'h0;
        end else begin
          _T_368 <= _T_360;
        end
      end
    end
  end
endmodule